Scottish Certificate of Education, 1962
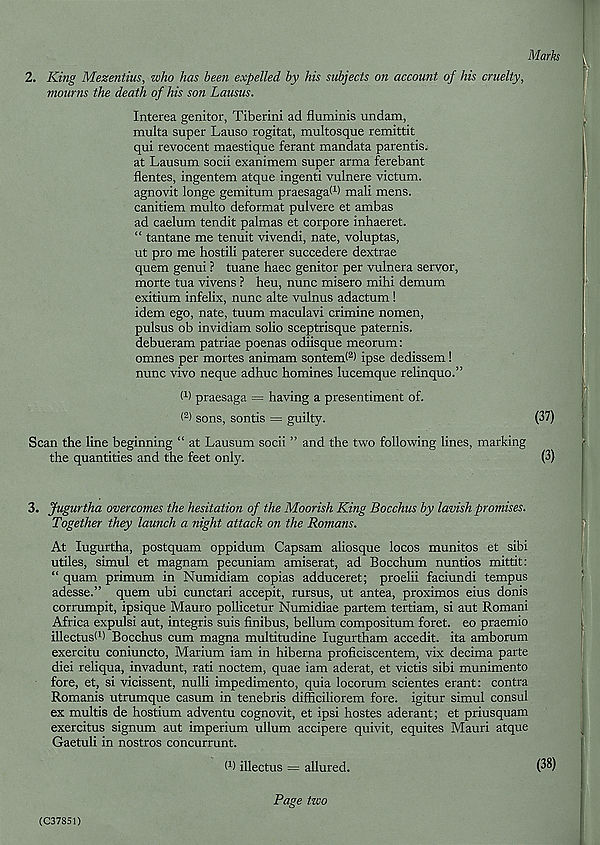
Mark
2. King Mezentius, who has been expelled by his subjects on account of his cruelty,
mourns the death of his son Lausus.
Interea genitor, Tiberini ad fluminis undam,
multa super Lauso rogitat, multosque remittit
qui revocent maestique ferant mandata parentis,
at Lausum socii exanimem super arma ferebant
flentes, ingentem atque ingenti vulnere victum.
agnovit longe gemitum praesagad) mali mens,
canitiem multo deformat pulvere et ambas
ad caelum tendit palmas et corpore inhaeret.
“ tantane me tenuit vivendi, nate, voluptas,
ut pro me hostili paterer succedere dextrae
quern genui ? tuane haec genitor per vulnera servor,
morte tua vivens ? heu, nunc misero mihi demum
exitium infelix, nunc alte vulnus adactum !
idem ego, nate, tuum maculavi crimine nomen,
pulsus ob invidiam solio sceptrisque paternis.
debueram patriae poenas odiisque meorum:
omnes per mortes animam sontend 2 ) ipse dedissem!
nunc vivo neque adhuc homines lucemque relinquo.”
d) praesaga = having a presentiment of.
( 2 ) sons, sontis = guilty.
(37)
Scan the line beginning “ at Lausum socii ” and the two following lines, marking
the quantities and the feet only.
(3)
3. Jugurtha overcomes the hesitation of the Moorish King Bacchus by lavish promises.
Together they lamich a night attack on the Romans.
At lugurtha, postquam oppidum Capsam aliosque locos munitos et sibi
utiles, simul et magnam pecuniam amiserat, ad Bocchum nuntios mittit:
“ quam primum in Numidiam copias adduceret; proelii faciundi tempus
adesse.” quern ubi cunctari accepit, rursus, ut antea, proximos eius donis
corrumpit, ipsique Mauro pollicetur Numidiae partem tertiam, si aut Romani
Africa expulsi aut, integris suis finibus, bellum compositum foret. eo praemio
illectusd) Bocchus cum magna multitudine lugurtham accedit. ita amborum
exercitu coniuncto, Marium iam in hiberna proficiscentem, vix decima parte
diei reliqua, invadunt, rati noctem, quae iam aderat, et victis sibi munimento
fore, et, si vicissent, nulli impedimento, quia locorum scientes erant: contra
Romanis utrumque casum in tenebris difficiliorem fore, igitur simul consul
ex multis de hostium adventu cognovit, et ipsi hostes aderant; et priusquam
exercitus signum aut imperium ullum accipere quivit, equites Mauri atque
Gaetuli in nostros concurrunt.
d) illectus = allured.
(38)
(C37851)
Page two